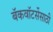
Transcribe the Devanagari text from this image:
बॅकवॉटर्सेसाठी